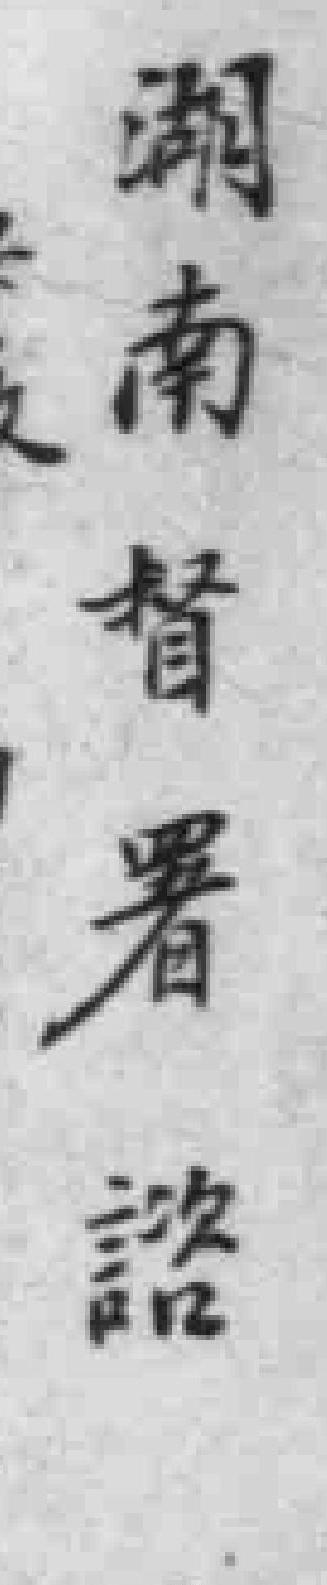
潮南督署諮